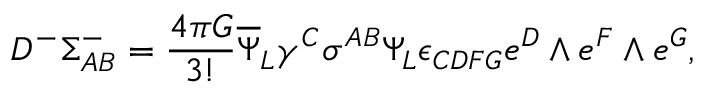
D ^ { - } \Sigma _ { A B } ^ { - } = { \frac { 4 \pi G } { 3 ! } } { \overline { { \Psi } } } _ { L } \gamma ^ { C } \sigma ^ { A B } \Psi _ { L } \epsilon _ { C D F G } e ^ { D } \wedge e ^ { F } \wedge e ^ { G } ,